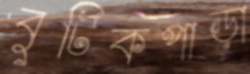
বুটিকপাড়া